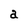
Character: a